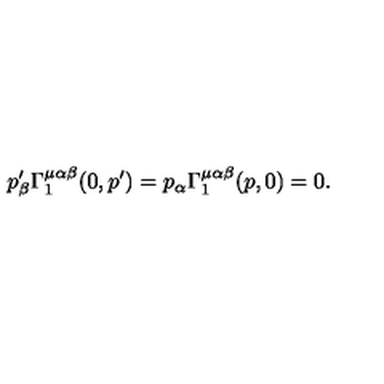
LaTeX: p _ { \beta } ^ { \prime } \Gamma _ { 1 } ^ { \mu \alpha \beta } ( 0 , p ^ { \prime } ) = p _ { \alpha } \Gamma _ { 1 } ^ { \mu \alpha \beta } ( p , 0 ) = 0 .